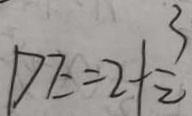
D E = 2 + \frac { 3 } { 2 }